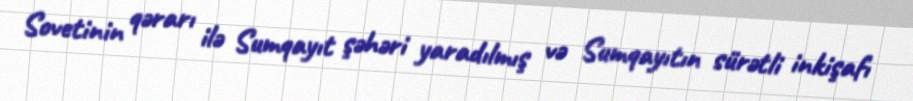
Sovetinin qərarı ilə Sumqayıt şəhəri yaradılmış və Sumqayıtın sürətli inkişafı